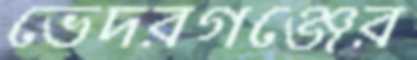
ভেদরগঞ্জের